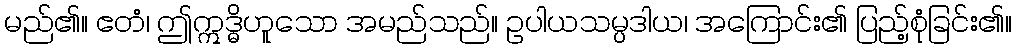
မည်၏။ ဧတံ၊ ဤဣဒ္ဓိဟူသော အမည်သည်။ ဥပါယသမ္ပဒါယ၊ အကြောင်း၏ ပြည့်စုံခြင်း၏။